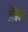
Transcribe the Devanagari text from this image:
जेंबेवर